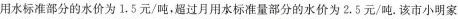
用水标准部分的水价为1.5元/吨，超过月用水标准量部分的水价为2.5元/吨。该市小明家